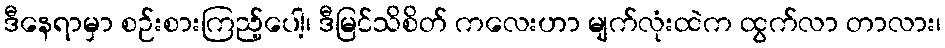
ဒီနေရာမှာ စဉ်းစားကြည့်ပေါ့၊ ဒီမြင်သိစိတ် ကလေးဟာ မျက်လုံးထဲက ထွက်လာ တာလား၊